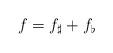
LaTeX: \begin{align*} f=f_\sharp+f_\flat \end{align*}